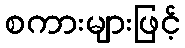
စကားများဖြင့်